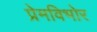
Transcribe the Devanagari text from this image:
प्रेमविभोर